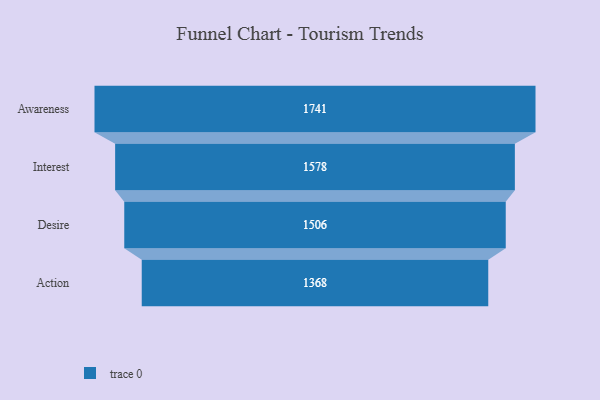
{"axis": {"x": "Stage", "y": "Value"}, "legend": [""], "data": [{"x": "Awareness", "y": 1741.0, "type": ""}, {"x": "Interest", "y": 1578.0, "type": ""}, {"x": "Desire", "y": 1506.0, "type": ""}, {"x": "Action", "y": 1368.0, "type": ""}]}